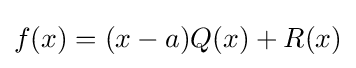
f(x)=(x-a)Q(x)+R(x)